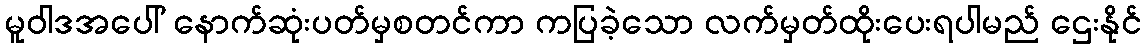
မူဝါဒအပေါ် နောက်ဆုံးပတ်မှစတင်ကာ ကပြခဲ့သော လက်မှတ်ထိုးပေးရပါမည် ဌေးနိုင်